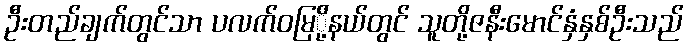
ဦးတည်ချက်တွင်သာ ပလက်ဝမြ်ို့နယ်တွင် သူတို့ဇနီးမောင်နှံနှစ်ဦးသည်